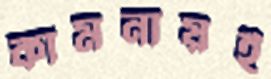
কামনায়ই